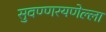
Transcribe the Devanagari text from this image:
सुवण्णरयणेल्ला